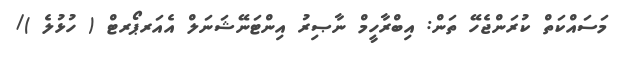
މަސައްކަތް ކުރަންޖެހޭ ތަން: އިބްރާހީމް ނާޞިރު އިންޓަނޭޝަނަލް އެއަރޕޯރޓް ( ހުޅުލެ )/